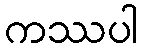
ကဿပါ